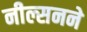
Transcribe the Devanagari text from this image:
नील्सनने